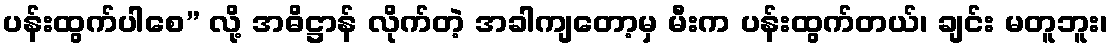
ပန်းထွက်ပါစေ” လို့ အဓိဋ္ဌာန် လိုက်တဲ့ အခါကျတော့မှ မီးက ပန်းထွက်တယ်၊ ချင်း မတူဘူး၊